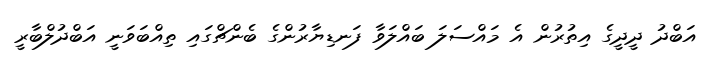
އަބްދު ދީދީގެ އިތުރުން އެ މައްސަލަ ބައްލަވާ ފަނޑިޔާރުންގެ ބެންޗްގައި ތިއްބަވަނީ އަބްދުލްބާރީ